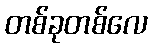
တစ်ခုတစ်လေ